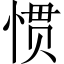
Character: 惯